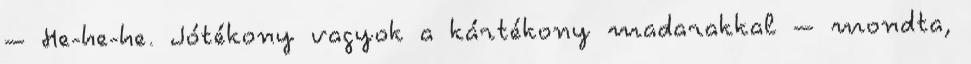
– He-he-he. Jótékony vagyok a kártékony madarakkal – mondta,